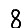
Digit: 8